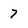
Character: 7